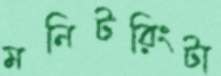
মনিটরিংটা